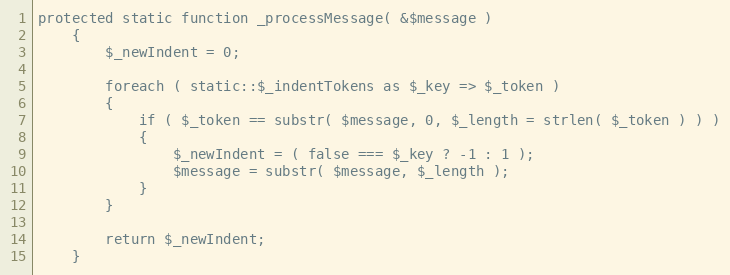
Language: PHP
protected static function _processMessage( &$message )
    {
        $_newIndent = 0;

        foreach ( static::$_indentTokens as $_key => $_token )
        {
            if ( $_token == substr( $message, 0, $_length = strlen( $_token ) ) )
            {
                $_newIndent = ( false === $_key ? -1 : 1 );
                $message = substr( $message, $_length );
            }
        }

        return $_newIndent;
    }